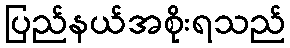
ပြည်နယ်အစိုးရသည်